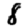
Digit: 8